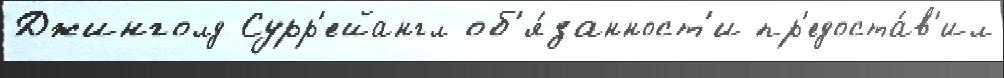
Джинголд Сурр'ейангл об'я́занност'и пр'едоста́в'ил